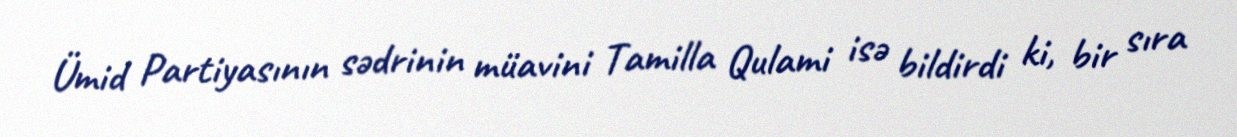
Ümid Partiyasının sədrinin müavini Tamilla Qulami isə bildirdi ki, bir sıra